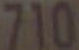
710